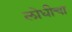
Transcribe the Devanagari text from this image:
लोधीचा